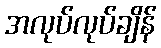
အလုပ်လုပ်ချိန်